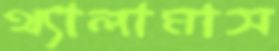
থ্যালামাস